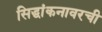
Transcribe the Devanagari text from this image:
सिद्धांकनावरची